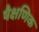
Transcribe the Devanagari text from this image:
षैक्षणिक